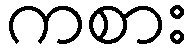
ကစား